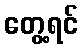
တွေ့ရင်